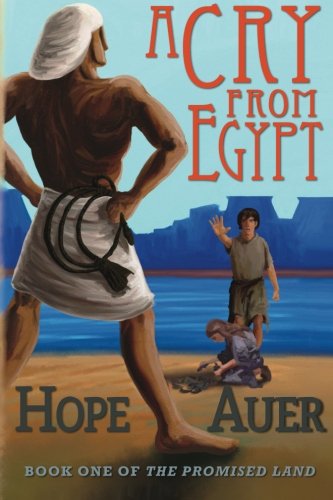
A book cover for A Cry From Egypt (The Promised Land) (Volume 1); Hope Auer; Teen & Young Adult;